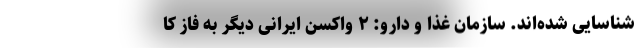
شناسایی شده‌اند. سازمان غذا و دارو: ۲ واکسن ایرانی دیگر به فاز کا